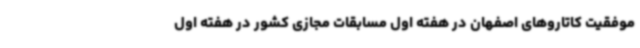
موفقیت کاتاروهای اصفهان در هفته اول مسابقات مجازی کشور در هفته اول